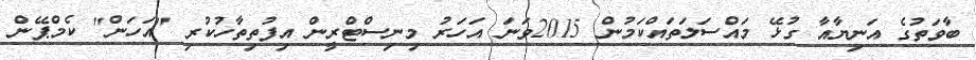
ބާވަތުގެ އަނިޔާއާ ގުޅޭ މައްސަލަތައްކަމުން 2015ވަނަ އަހަރު މިނިސްޓްރީން އިފުތިތާހުކުރި "އަހަން" ކެމްޕޭން